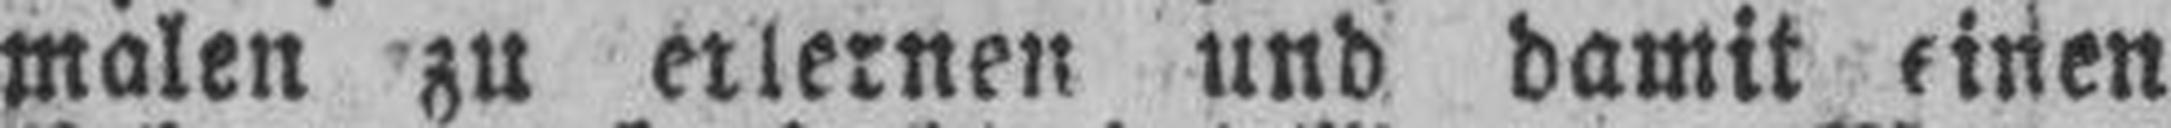
malen zu erlernen und damit einen